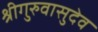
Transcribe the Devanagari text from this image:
श्रीगुरुवासुदेव